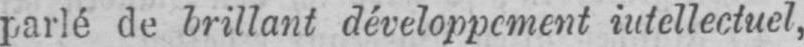
parlé de brillant développement intellectuel,